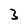
Character: 3